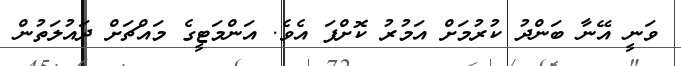
ވަނީ އޭނާ ބަންދު ކުރުމަށް އަމުރު ކޮށްފަ އެވެ. އަންމަޓީގެ މައްޗަށް ދައުލަތުން